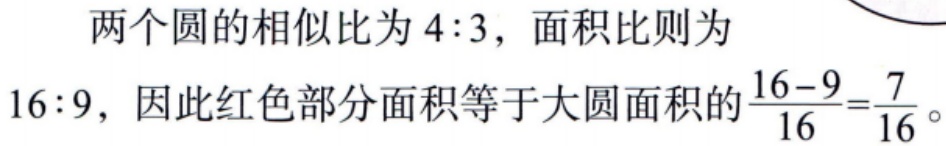
两个圆的相似比为 \(4:3\)，面积比则为
\(16:9\)，因此红色部分面积等于大圆面积的\(\frac{16 - 9}{16}=\frac{7}{16}\)。